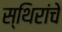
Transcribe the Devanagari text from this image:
स्थिरांचे